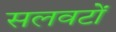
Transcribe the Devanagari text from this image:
सलवटों